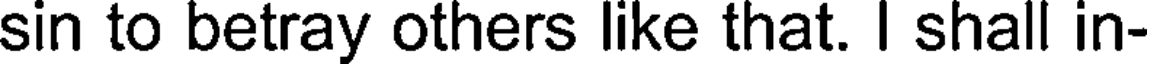
sin to betray others like that. I shall in-